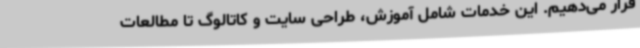
قرار می‌دهیم. این خدمات شامل آموزش، طراحی سایت و کاتالوگ تا مطالعات